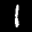
Label: 1